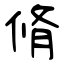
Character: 脩